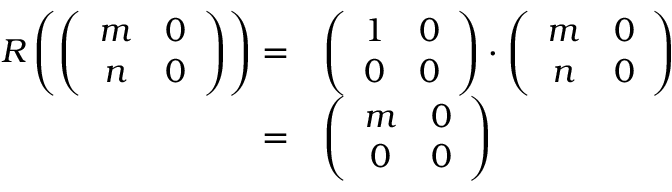
\begin{array} { r l } { R \left( \left( \begin{array} { c c c } { m } & { 0 } \\ { n } & { 0 } \end{array} \right) \right) = } & { \left( \begin{array} { c c c } { 1 } & { 0 } \\ { 0 } & { 0 } \end{array} \right) \cdot \left( \begin{array} { c c c } { m } & { 0 } \\ { n } & { 0 } \end{array} \right) } \\ { = } & { \left( \begin{array} { c c c } { m } & { 0 } \\ { 0 } & { 0 } \end{array} \right) } \end{array}